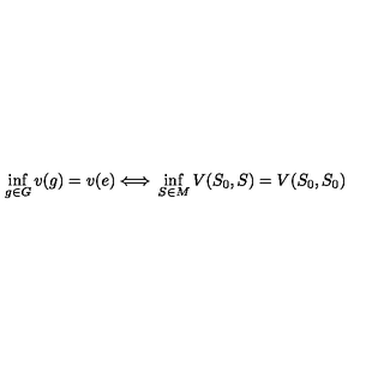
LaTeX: \inf _ { g \in G } v ( g ) = v ( e ) \Longleftrightarrow { } \inf _ { S \in M } V ( S _ { 0 } , S ) = V ( S _ { 0 } , S _ { 0 } )